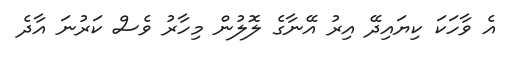
އެ ވާހަކަ ކިޔައިދޭ އިރު އޭނާގެ ލޮލުން މިހާރު ވެސް ކަރުނަ އާދެ